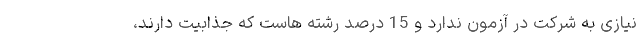
نیازی به شرکت در آزمون ندارد و 15 درصد رشته هاست که جذابیت دارند،